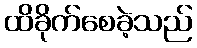
ထိခိုက်စေခဲ့သည်